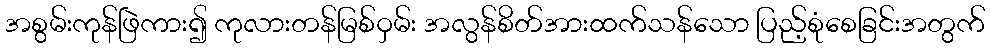
အစွမ်းကုန်ဖြဲကား၍ ကုလားတန်မြစ်ဝှမ်း အလွန်စိတ်အားထက်သန်သော ပြည့်စုံစေခြင်းအတွက်